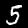
Label: 5